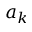
a _ { k }